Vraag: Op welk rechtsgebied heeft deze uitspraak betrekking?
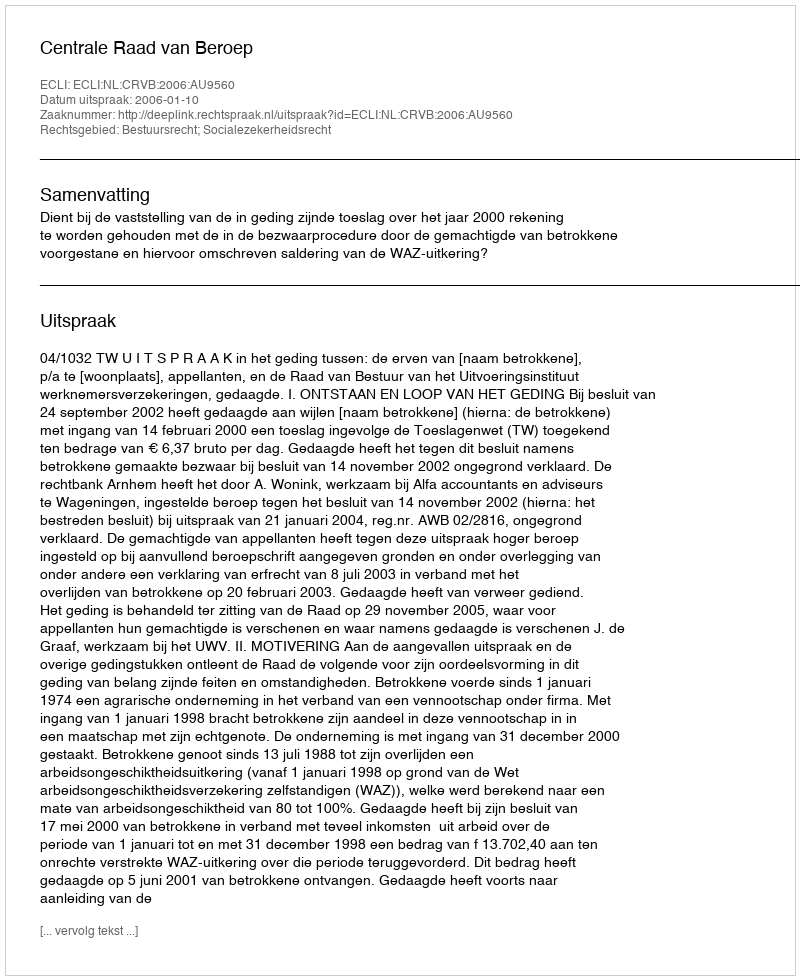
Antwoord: Bestuursrecht; Socialezekerheidsrecht